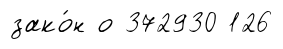
зако́н о 372930 126